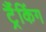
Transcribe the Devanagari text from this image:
ट्रैंकिंग